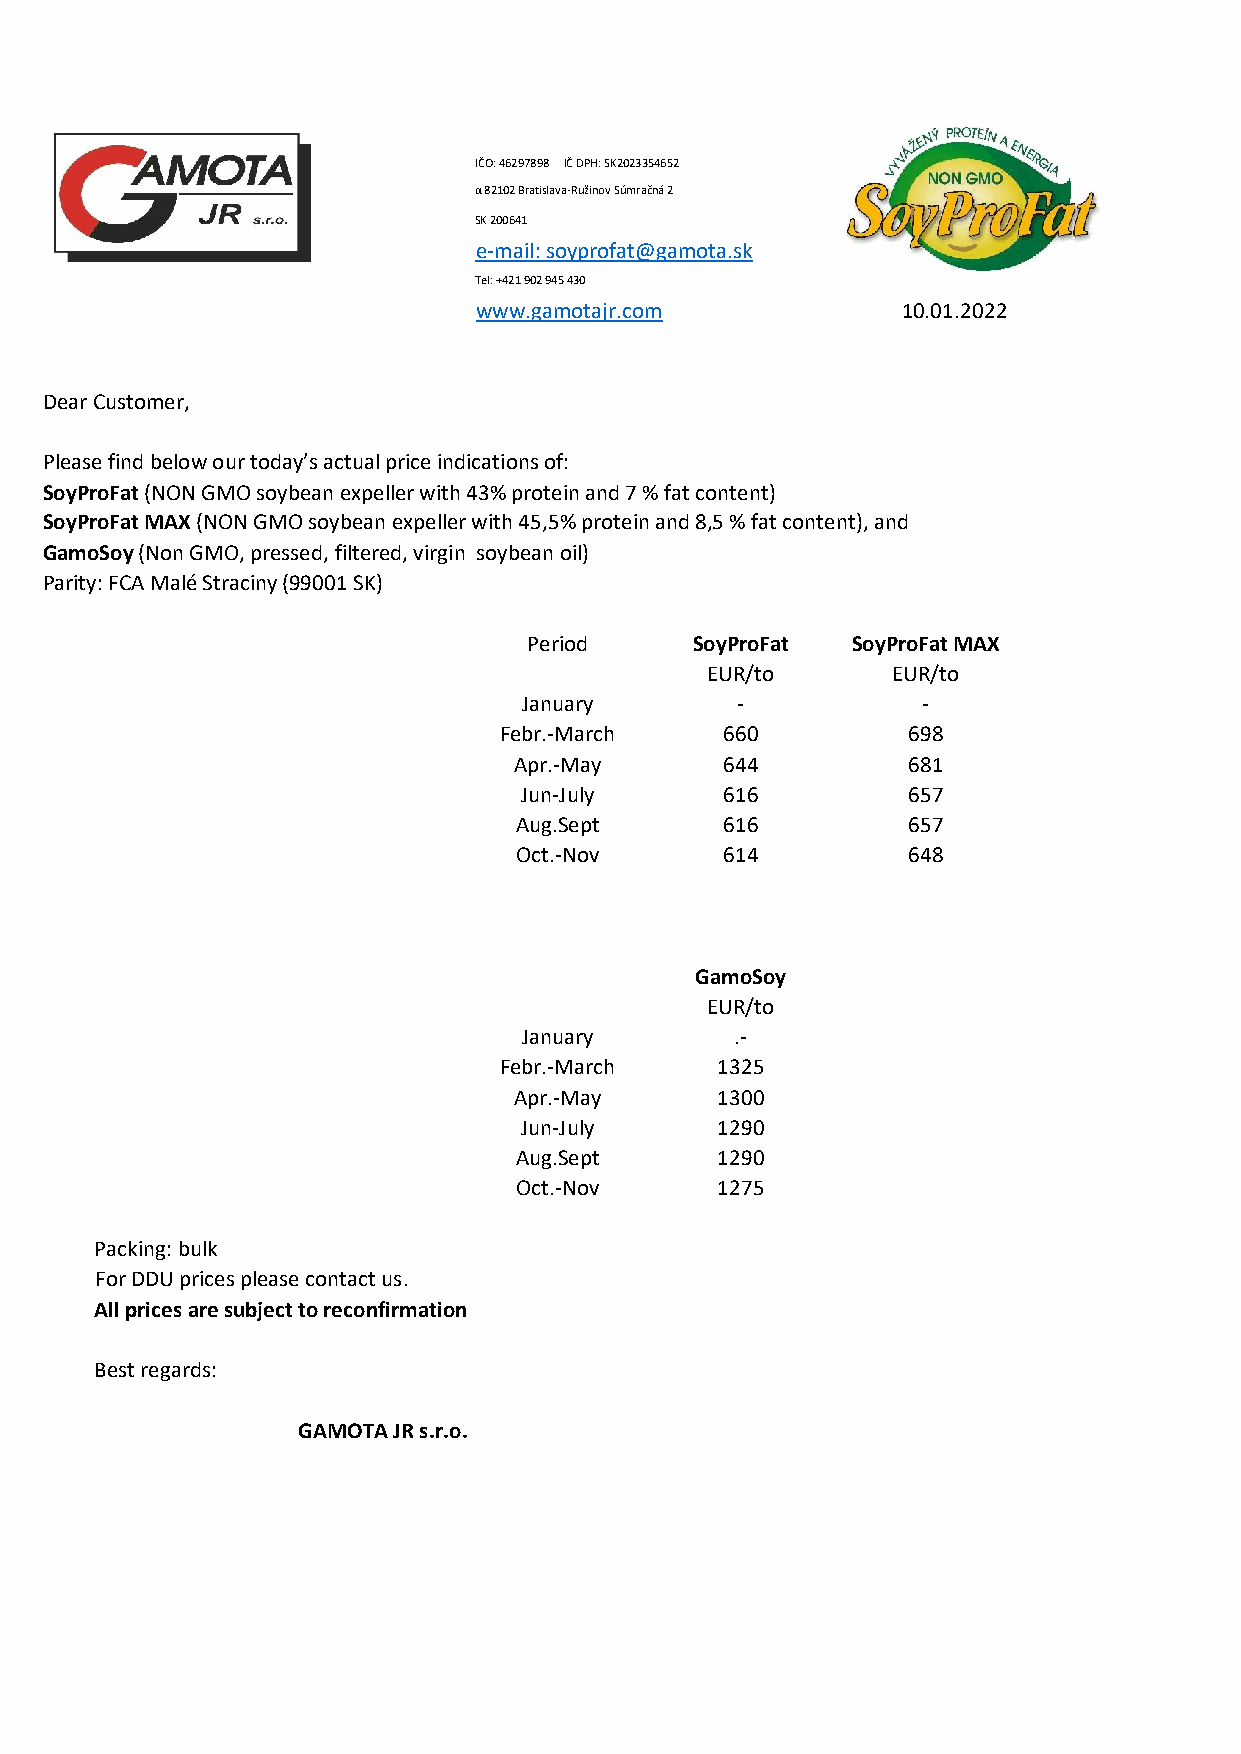
IČO: 46297898 IČ DPH: SK2023354652
 α 82102 Bratislava-Ružinov Súmračná 2
 Dear Customer,              SK 200641
 e-mail: soyprofat@gamota.sk
 Tel: +421 902 945 430
 www.gamotajr.com             10.01.2022
 Dear Customer,
 Please find below our today’s actual price indications of:
 SoyProFat (NON GMO soybean expeller with 43% protein and 7 % fat content)
 SoyProFat MAX (NON GMO soybean expeller with 45,5% protein and 8,5 % fat content), and
 GamoSoy (Non GMO, pressed, filtered, virgin soybean oil)
 Parity: FCA Malé Straciny (99001 SK)
 Period     SoyProFat SoyProFat MAX
 EUR/to      EUR/to
 January       -           -
 Febr.-March    660         698
 Apr.-May      644         681
 Jun-July      616         657
 Aug.Sept      616         657
 Oct.-Nov      614         648
 GamoSoy
 EUR/to
 January       .-
 Febr.-March   1325
 Apr.-May     1300
 Jun-July     1290
 Aug.Sept     1290
 Oct.-Nov     1275
 Packing: bulk
 For DDU prices please contact us.
 All prices are subject to reconfirmation
 Best regards:
 GAMOTA JR s.r.o.